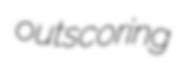
outscoring